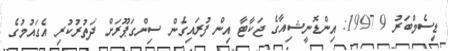
ޑިސެމްބަރު 9 1997: އިންޑޮނީޝިއާގެ ޖަކާޓާ އިން ފުރައިގެން ސިންގަޕޫރަށް ދަތުރުކުރި އެގައުމުގެ